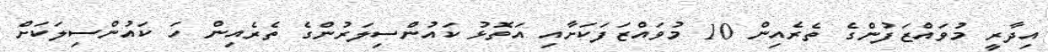
އިދާރީ މުވައްޒަފުންގެ ތެރެއިން 10 މުވައްޒަފަކަށާއި އަތޮޅު ކައުންސިލަރުންގެ ތެރެއިން ހަ ކައުންސިލަކަށް